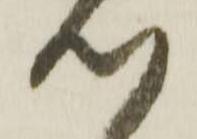
心